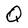
Character: Q